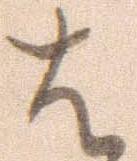
は